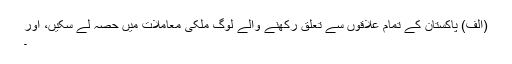
(الف) پاکستان کے تمام علاقوں سے تعلق رکھنے والے لوگ ملکی معاملات میں حصہ لے سکیں، اور
۔